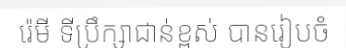
រ៉េមី ទីប្រឹក្សាជាន់ខ្ពស់ បានរៀបចំ